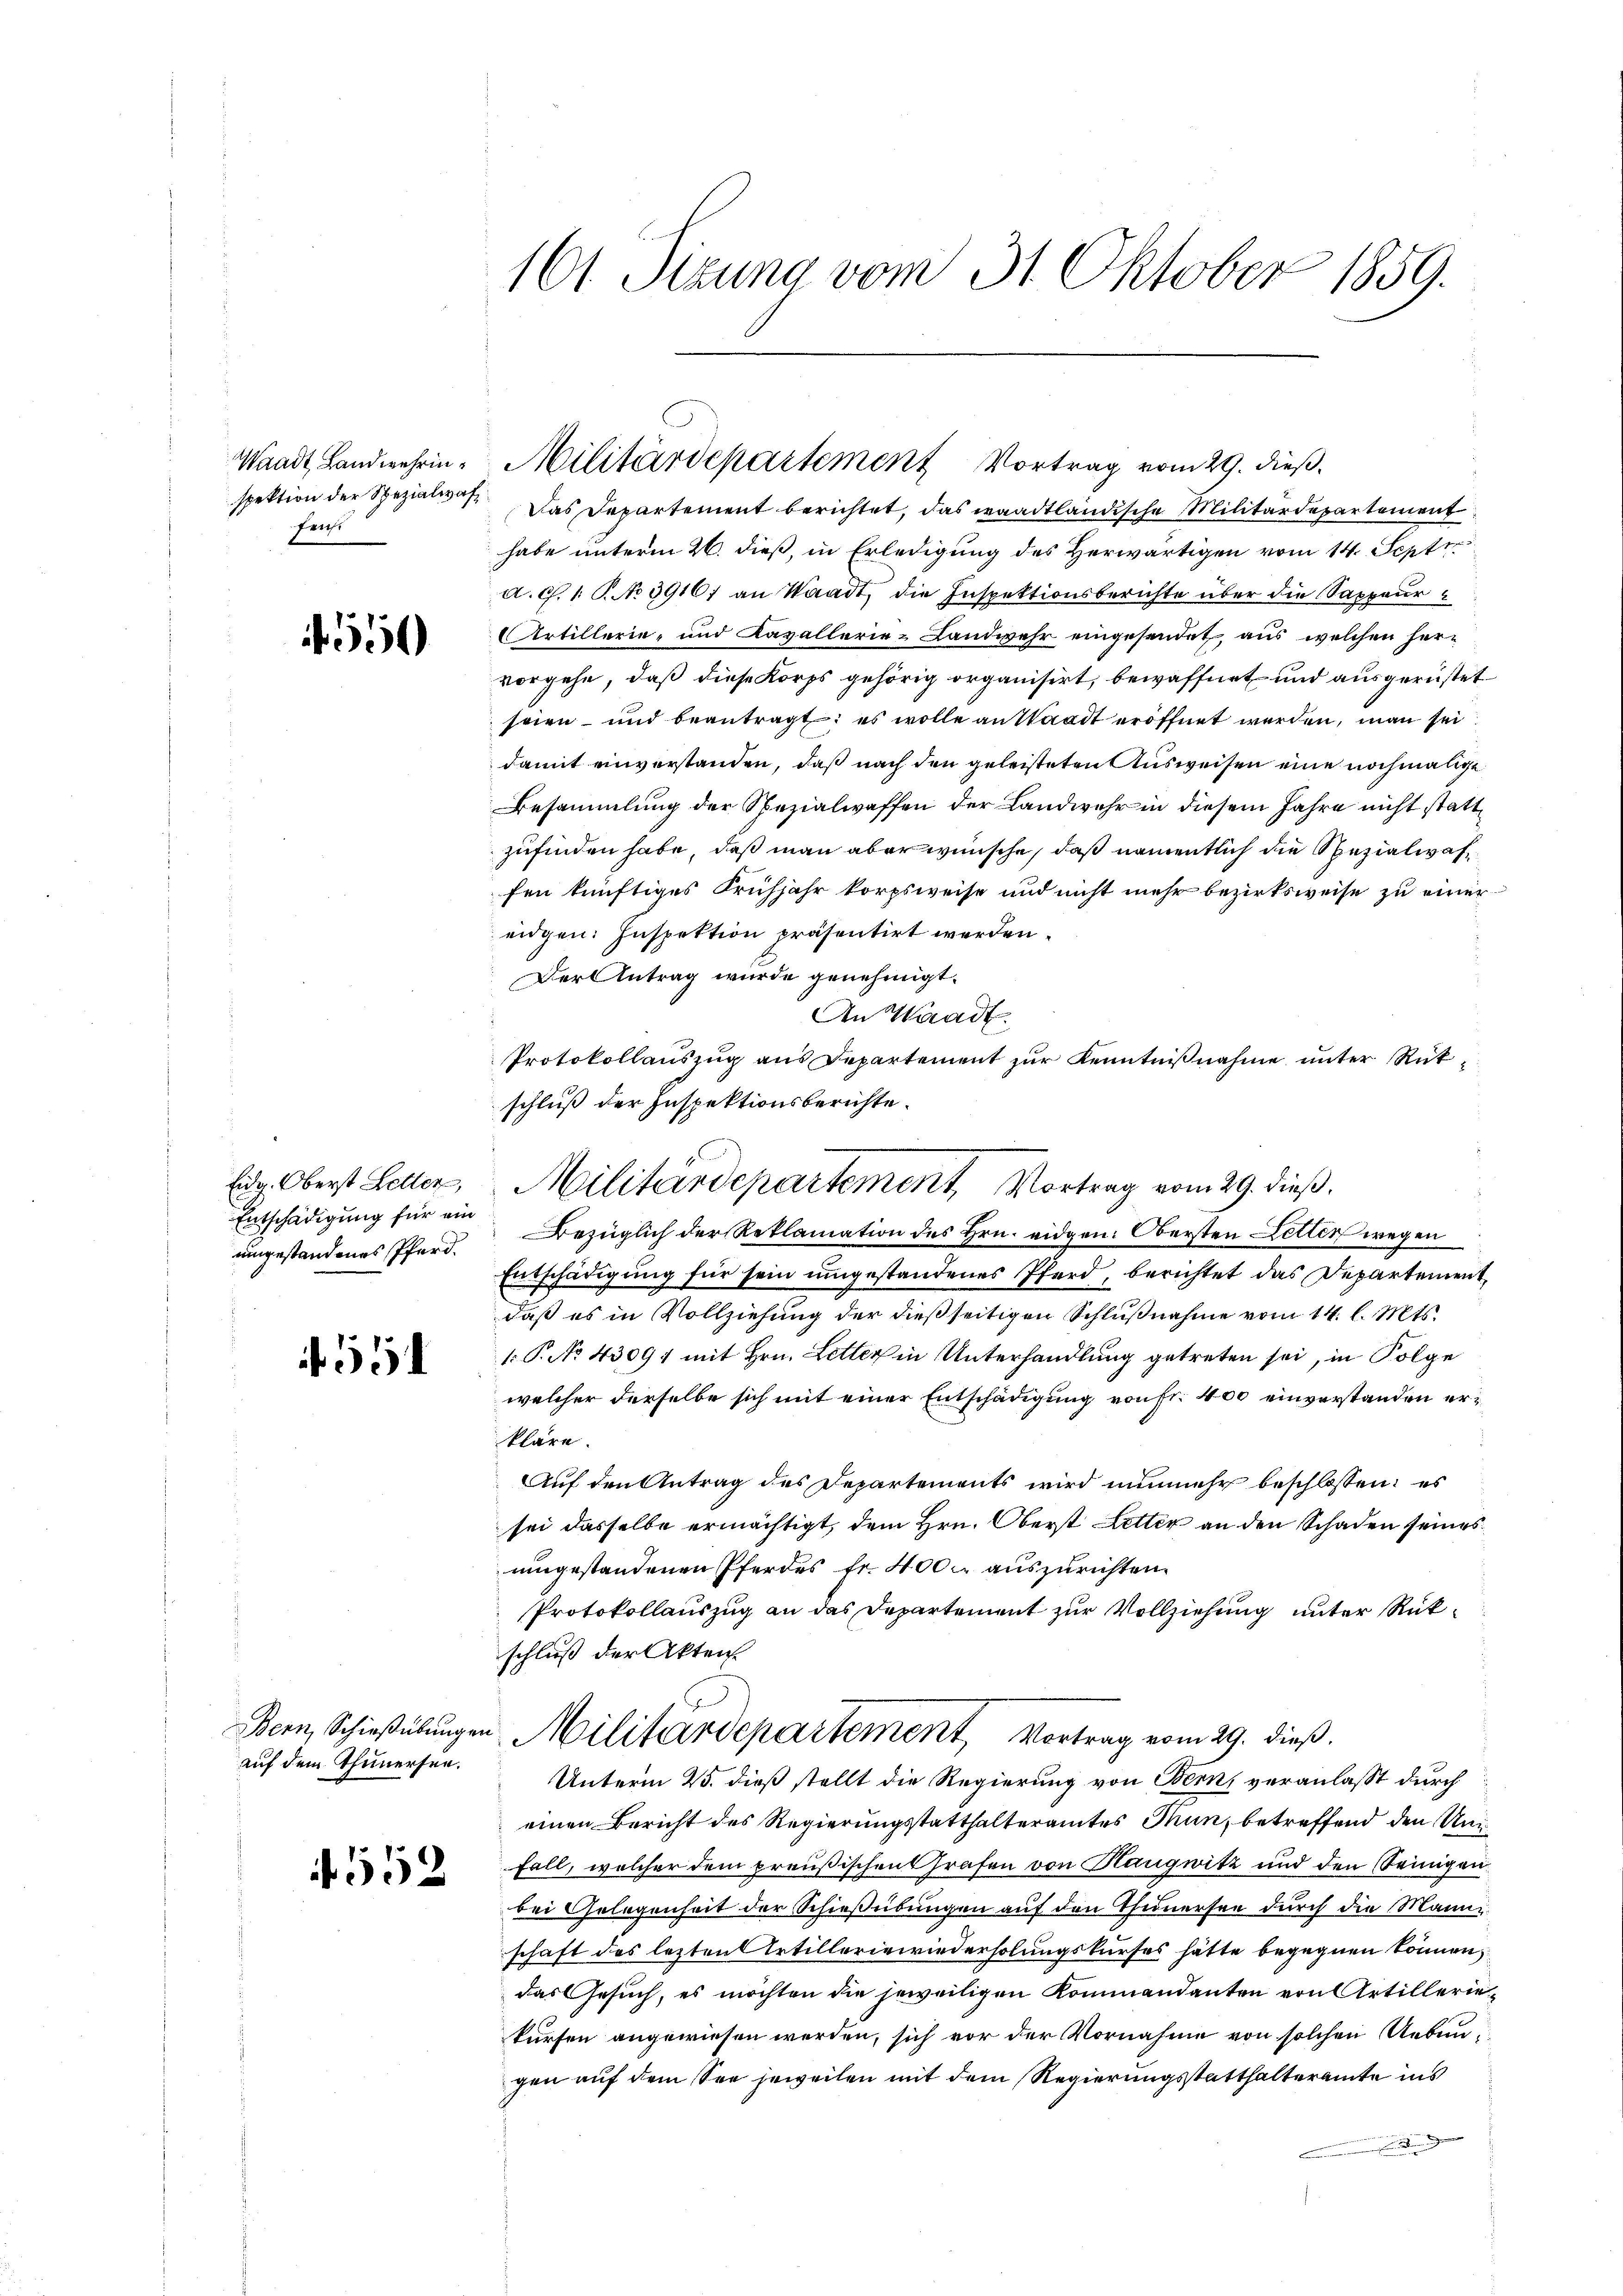
Waadt Landwehrinspektion der Spezialwaf
frühe

4550

Eidg. Oberst Letter,
Entschädigung für ein
umgestandenes Pferd.

551

Bern, Schießübungen
auf dem Thunersen.

552

161. Sizung vom 31. Oktober 1859.

Das Departement berichtet, das waadtländische Militärdepartement
habe unterm 26. dieß, in Erledigung des Herwärtigen vom 14. Sept.
A. G. 1. P. No 3916) an Waadt, die Inspektionsberichte über die Sappeur¬
Artillerie- und Kavallerie-Landwehr eingesendet, aus welchen hervorgehe, daß diese Korps gehörig organisirt, bewaffnet und ausgerüstet
seien und beantragt: es wolle an Waadt eröffnet werden, man sei
damit einverstanden, daß nach den geleisteten Ausweisen eine nochmalige
Besammlung der Spezialwaffen der Landwehr in diesem Jahre nicht stattzufinden habe, daß man aber wünsche, daß namentlich die Spezialwaffen künftiges Frühjahr korpsweise und nicht mehr bezirksweise zu einereidgen. Inspektion präsentirt werden.
Der Antrag wurde genehmigt.
An Waadt.
Protokollauszug aus Departement zur Kenntnißnahme unter Rükschluß der Inspektionsberichte.
Bezüglich der Reklamation des Hrn. eidgen: Obersten Letter wegen
Entschädigung für sein umgestandenes Pferd, berichtet das Departement
daß es in Vollziehung der dießseitigen Schlußnahme vom 14. l. Mts.
1: P. No 43091 mit Hrn. Letter in Unterhandlung getreten sei, in Folge
welcher derselbe sich mit einer Entschädigung von fr. 400 einverstanden erkläre.
Auf den Antrag des Departements wird nunmehr beschlossen, es
sei dasselbe ermächtigt, dem Hrn. Oberst Letter an den Schaden seines
umgestandenen Pferdes fr. 400. auszurichten.
Protokollauszug an das Departement zur Vollziehung unter Rükschluß der Aktens
Militärdepartement, Vortrag vom 29. dieß.
Unterm 25. dieß stellt die Regierung von Bern, veranlaßt durch
einen Bericht des Regierungsstatthalteramtes Thun, betreffend den Un¬
Fall, welcher dem preußischen Grafen von Hangwitz und den Seinigen.
bei Gelegenheit der Schießübungen auf den Thednersee durch die Manne
schaft des letzten Artilleriewiederholungskurses hätte begegnen können,
das Gesuch, es möchten die jeweiligen Kommandanten von Artilleriekürfen angewiesen werden, sich vor der Vornahme von solchen Uebungen auf dem See jeweilen mit dem Regierungsstatthalteramte ins
.

Militärdepartement Vortrag vom 29. dieß.

Militärdepartement, Vortrag vom 29. dieß.